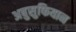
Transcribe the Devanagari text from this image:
अबुसुफियान